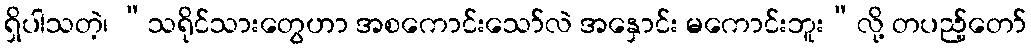
ရှိပါသတဲ့၊ “သရိုင်သားတွေဟာ အစကောင်းသော်လဲ အနှောင်း မကောင်းဘူး”လို့ တပည့်တော်